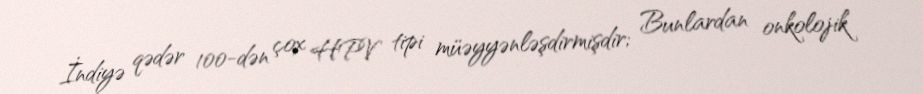
İndiyə qədər 100-dən çox HPV tipi müəyyənləşdirmişdir; Bunlardan onkolojik